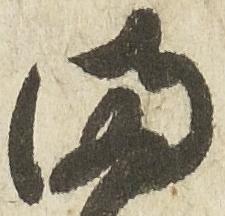
満